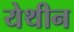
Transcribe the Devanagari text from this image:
येथीन